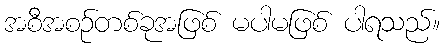
အစီအစဉ်တစ်ခုအဖြစ် မပါမဖြစ် ပါရသည်။